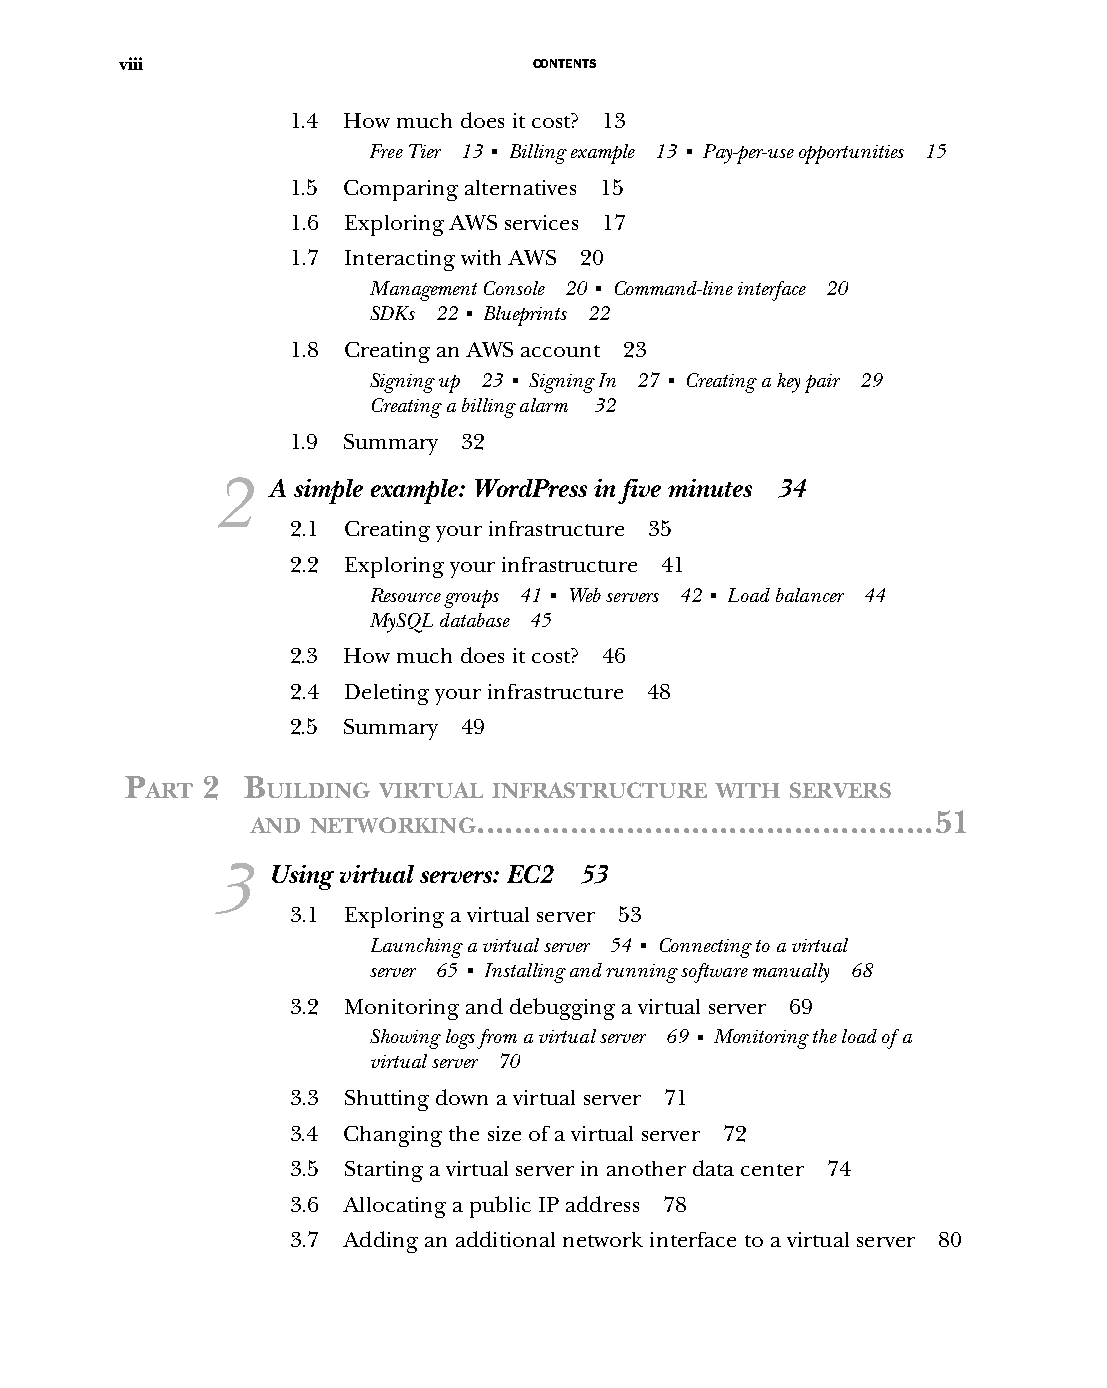
viii                       CONTENTS
 1.4 How much does it cost? 13
 Free Tier 13 ■ Billing example 13 ■ Pay-per-use opportunities 15
 1.5 Comparing alternatives 15
 1.6 Exploring AWS services 17
 1.7 Interacting with AWS 20
 Management Console 20 ■ Command-line interface 20
 SDKs 22 ■ Blueprints 22
 1.8 Creating an AWS account 23
 Signing up 23 ■ Signing In 27 ■ Creating a key pair 29
 Creating a billing alarm 32
 1.9 Summary 32
 2   A simple example: WordPress in five minutes 34
 2.1 Creating your infrastructure 35
 2.2 Exploring your infrastructure 41
 Resource groups 41 ■ Web servers 42 ■ Load balancer 44
 MySQL database 45
 2.3 How much does it cost? 46
 2.4 Deleting your infrastructure 48
 2.5 Summary 49
 P    2  B
 ART     UILDING VIRTUAL INFRASTRUCTURE WITH SERVERS
 .................................................51
 AND NETWORKING
 3   Using virtual servers: EC2 53
 3.1 Exploring a virtual server 53
 Launching a virtual server 54 ■ Connecting to a virtual
 server 65 ■ Installing and running software manually 68
 3.2 Monitoring and debugging a virtual server 69
 Showing logs from a virtual server 69 ■ Monitoring the load of a
 virtual server 70
 3.3 Shutting down a virtual server 71
 3.4 Changing the size of a virtual server 72
 3.5 Starting a virtual server in another data center 74
 3.6 Allocating a public IP address 78
 3.7 Adding an additional network interface to a virtual server 80